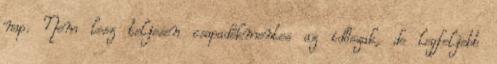
nap. Nem lesz teljesen csapadékmentes az időszak, de legfeljebb